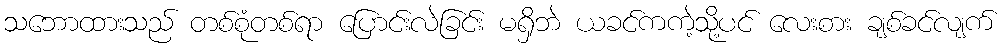
သဘောထားသည် တစ်စုံတစ်ရာ ပြောင်းလဲခြင်း မရှိဘဲ ယခင်ကကဲ့သို့ပင် လေးစား ချစ်ခင်လျက်